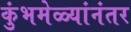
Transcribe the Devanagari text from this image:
कुंभमेळ्यांनंतर